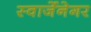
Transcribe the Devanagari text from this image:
स्वार्जेनेगर